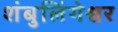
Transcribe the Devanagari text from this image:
शंबुलिंगेश्वर